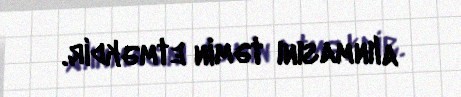
alınmasını təmin etməkdir.